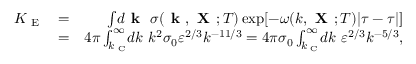
\begin{array} { r l r } { K _ { \textrm { E } } } & { = } & { \int \! d { \textbf { k } } \ \sigma ( { \textbf { k } } , { \textbf { X } } ; T ) \exp [ - \omega ( k , { \textbf { X } } ; T ) | \tau - \tau | ] } \\ & { = } & { 4 \pi \int _ { k _ { \textrm { C } } } ^ { \infty } \! \! d k \ k ^ { 2 } \sigma _ { 0 } \varepsilon ^ { 2 / 3 } k ^ { - 1 1 / 3 } = 4 \pi \sigma _ { 0 } \int _ { k _ { \textrm { C } } } ^ { \infty } \! \! d k \ \varepsilon ^ { 2 / 3 } k ^ { - 5 / 3 } , } \end{array}